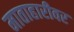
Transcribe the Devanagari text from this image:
माताहारीवर